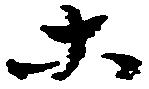
等